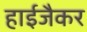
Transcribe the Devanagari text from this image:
हाईजैकर